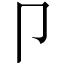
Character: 卩